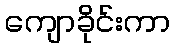
ကျောခိုင်းကာ